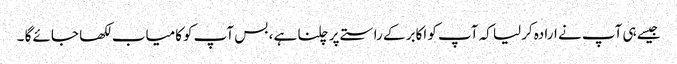
جیسے ہی آپ نے ارادہ کرلیا کہ آپ کو اکابر کے راستے پر چلنا ہے ، بس آپ کوکامیاب لکھا جائے گا ۔